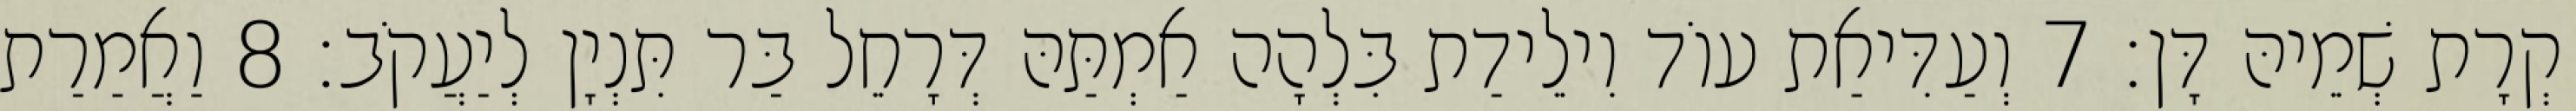
קְרָת שְׁמֵיהּ דָּן׃ 7 וְעַדִּיאַת עוֹד וִילֵידַת בִּלְהָה אַמְתַּהּ דְּרָחֵל בַּר תִּנְיָן לְיַעֲקֹב׃ 8 וַאֲמַרַת